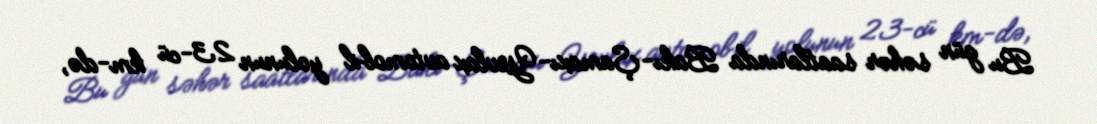
Bu gün səhər saatlarında Bakı-Şamaxı-Yevlax avtomobil yolunun 23-cü km-də,